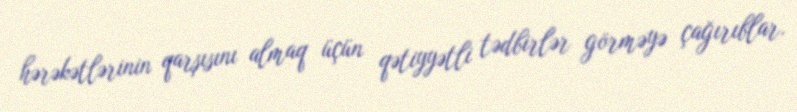
hərəkətlərinin qarşısını almaq üçün qətiyyətli tədbirlər görməyə çağırıblar.